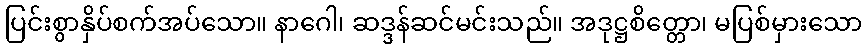
ပြင်းစွာနှိပ်စက်အပ်သော။ နာဂေါ၊ ဆဒ္ဒန်ဆင်မင်းသည်။ အဒုဋ္ဌစိတ္တော၊ မပြစ်မှားသော